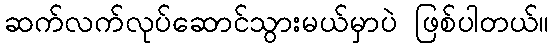
ဆက်လက်လုပ်ဆောင်သွားမယ်မှာပဲ ဖြစ်ပါတယ်။